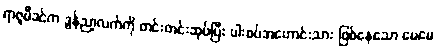
ရာဇူမီခင်က ဒွန်ညာ့လက်ကို တင်းတင်းဆုပ်ပြီး ပါးစပ်အဟောင်းသား ဖြစ်နေသော မေမေ